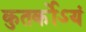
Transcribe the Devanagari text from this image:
कुतर्कोऽयं